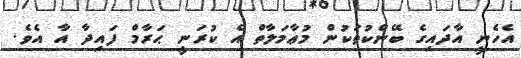
އެހެނީ އާދައިގެ ބޭންކުތަކުން މުޢާމަލާތް އެ ކުރަނީ ޙަރާމް ފައިދާ އާ އެވެ.